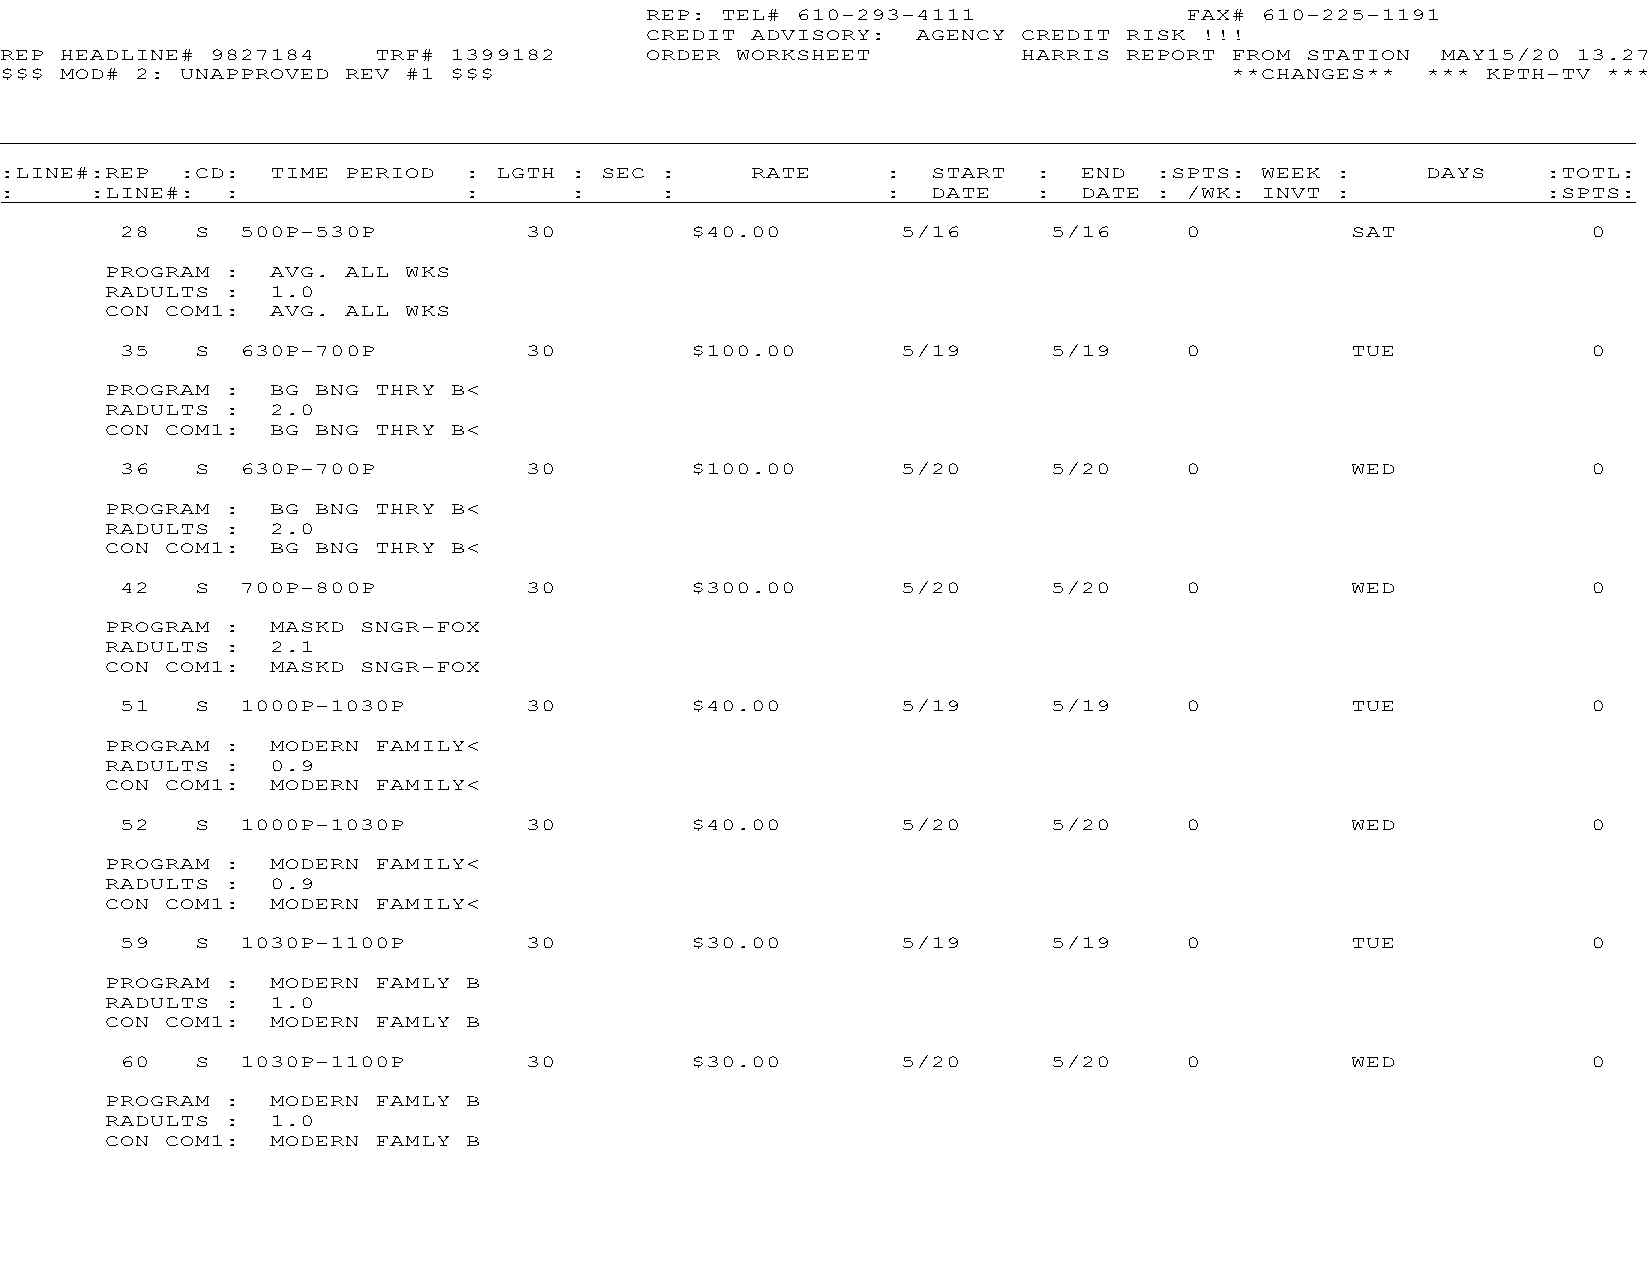
REP: TEL# 610-293-4111             FAX# 610-225-1191
 CREDIT ADVISORY:  AGENCY CREDIT RISK !!!
 REP HEADLINE# 9827184    TRF# 1399182      ORDER WORKSHEET          HARRIS REPORT FROM STATION MAY15/20 13.27
 $$$ MOD# 2: UNAPPROVED REV #1 $$$                                                **CHANGES**  *** KPTH-TV ***
 :LINE#:REP  :CD:  TIME PERIOD  : LGTH : SEC :     RATE     :  START  :  END :SPTS: WEEK :     DAYS    :TOTL:
 :     :LINE#:  :               :      :     :              :  DATE   :  DATE : /WK: INVT :            :SPTS:
 28   S  500P-530P          30         $40.00        5/16      5/16    0          SAT             0
 PROGRAM :  AVG. ALL WKS
 RADULTS :  1.0
 CON COM1:  AVG. ALL WKS
 35   S  630P-700P          30         $100.00       5/19      5/19    0          TUE             0
 PROGRAM :  BG BNG THRY B<
 RADULTS :  2.0
 CON COM1:  BG BNG THRY B<
 36   S  630P-700P          30         $100.00       5/20      5/20    0          WED             0
 PROGRAM :  BG BNG THRY B<
 RADULTS :  2.0
 CON COM1:  BG BNG THRY B<
 42   S  700P-800P          30         $300.00       5/20      5/20    0          WED             0
 PROGRAM :  MASKD SNGR-FOX
 RADULTS :  2.1
 CON COM1:  MASKD SNGR-FOX
 51   S  1000P-1030P        30         $40.00        5/19      5/19    0          TUE             0
 PROGRAM :  MODERN FAMILY<
 RADULTS :  0.9
 CON COM1:  MODERN FAMILY<
 52   S  1000P-1030P        30         $40.00        5/20      5/20    0          WED             0
 PROGRAM :  MODERN FAMILY<
 RADULTS :  0.9
 CON COM1:  MODERN FAMILY<
 59   S  1030P-1100P        30         $30.00        5/19      5/19    0          TUE             0
 PROGRAM :  MODERN FAMLY B
 RADULTS :  1.0
 CON COM1:  MODERN FAMLY B
 60   S  1030P-1100P        30         $30.00        5/20      5/20    0          WED             0
 PROGRAM :  MODERN FAMLY B
 RADULTS :  1.0
 CON COM1:  MODERN FAMLY B